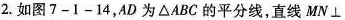
2. 如图7-1-14，AD 为 △ABC 的平分线，直线MN \bot